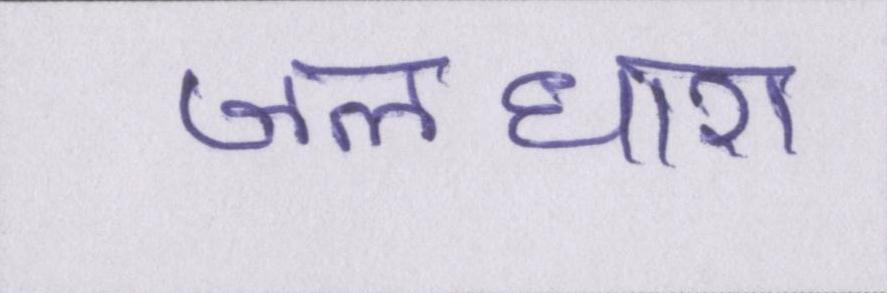
जलधारा